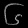
Digit: ၆